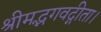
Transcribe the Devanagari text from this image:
श्रीमद्भगवद्गीता।